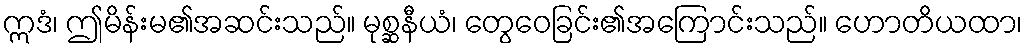
ဣဒံ၊ ဤမိန်းမ၏အဆင်းသည်။ မုစ္ဆနီယံ၊ တွေဝေခြင်း၏အကြောင်းသည်။ ဟောတိယထာ၊